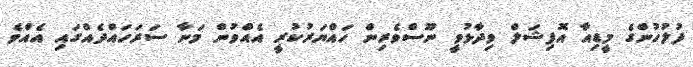
ފުލުހުންގެ މީޑިއާ އޮފިޝަލް ވިދާޅުވީ ނޫސްވެރިން ހައްޔަރުކުރީ އެއްވުން މަނާ ސަރަހައްދެއްގައި އެއްވެ